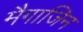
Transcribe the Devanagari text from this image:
मैगाजिन